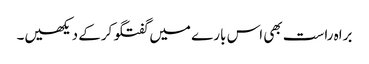
براہ راست بھی اس بارے میں گفتگو کرکے دیکھیں۔